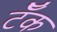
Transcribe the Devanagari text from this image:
टॅँक